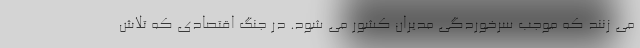
می زنند که موجب سرخوردگی مدیران کشور می شود. در جنگ اقتصادی که تلاش